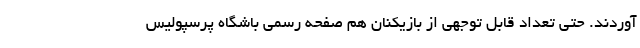
آوردند. حتی تعداد قابل توجهی از بازیکنان هم صفحه رسمی باشگاه پرسپولیس